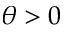
\theta > 0